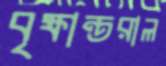
বৃক্ষান্তরাল